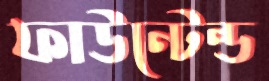
ফাউন্টেন্ড